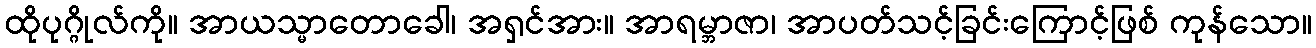
ထိုပုဂ္ဂိုလ်ကို။ အာယသ္မာတောခေါ၊ အရှင်အား။ အာရမ္ဘာဇာ၊ အာပတ်သင့်ခြင်းကြောင့်ဖြစ် ကုန်သော။